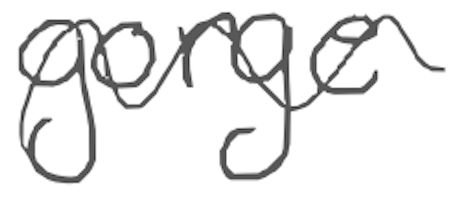
Text: gorge
Cross-out: wave
Writing tool: digital_gray